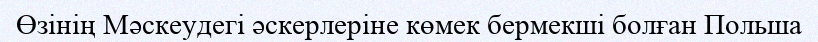
Өзінің Мәскеудегі әскерлеріне көмек бермекші болған Польша